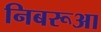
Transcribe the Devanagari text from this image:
निबरूआ